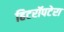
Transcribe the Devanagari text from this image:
हिटरॉपटेरा